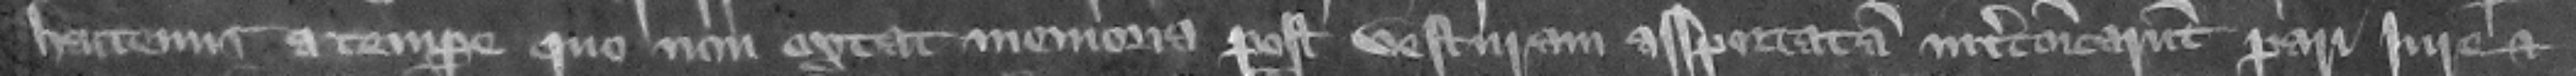
hactenus a tempore quo non extat memoria post vesturam asportatam intercommunicarunt pari iure et